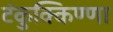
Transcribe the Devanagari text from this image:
टंकुक्किण्णा